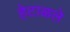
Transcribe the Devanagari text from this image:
हेटाळले